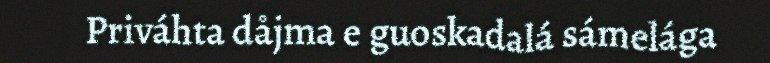
Priváhta dåjma e guoskadalá sámelága